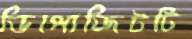
ডিপোজিটটি